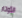
الأوتار